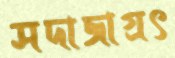
সদাজাগ্রৎ